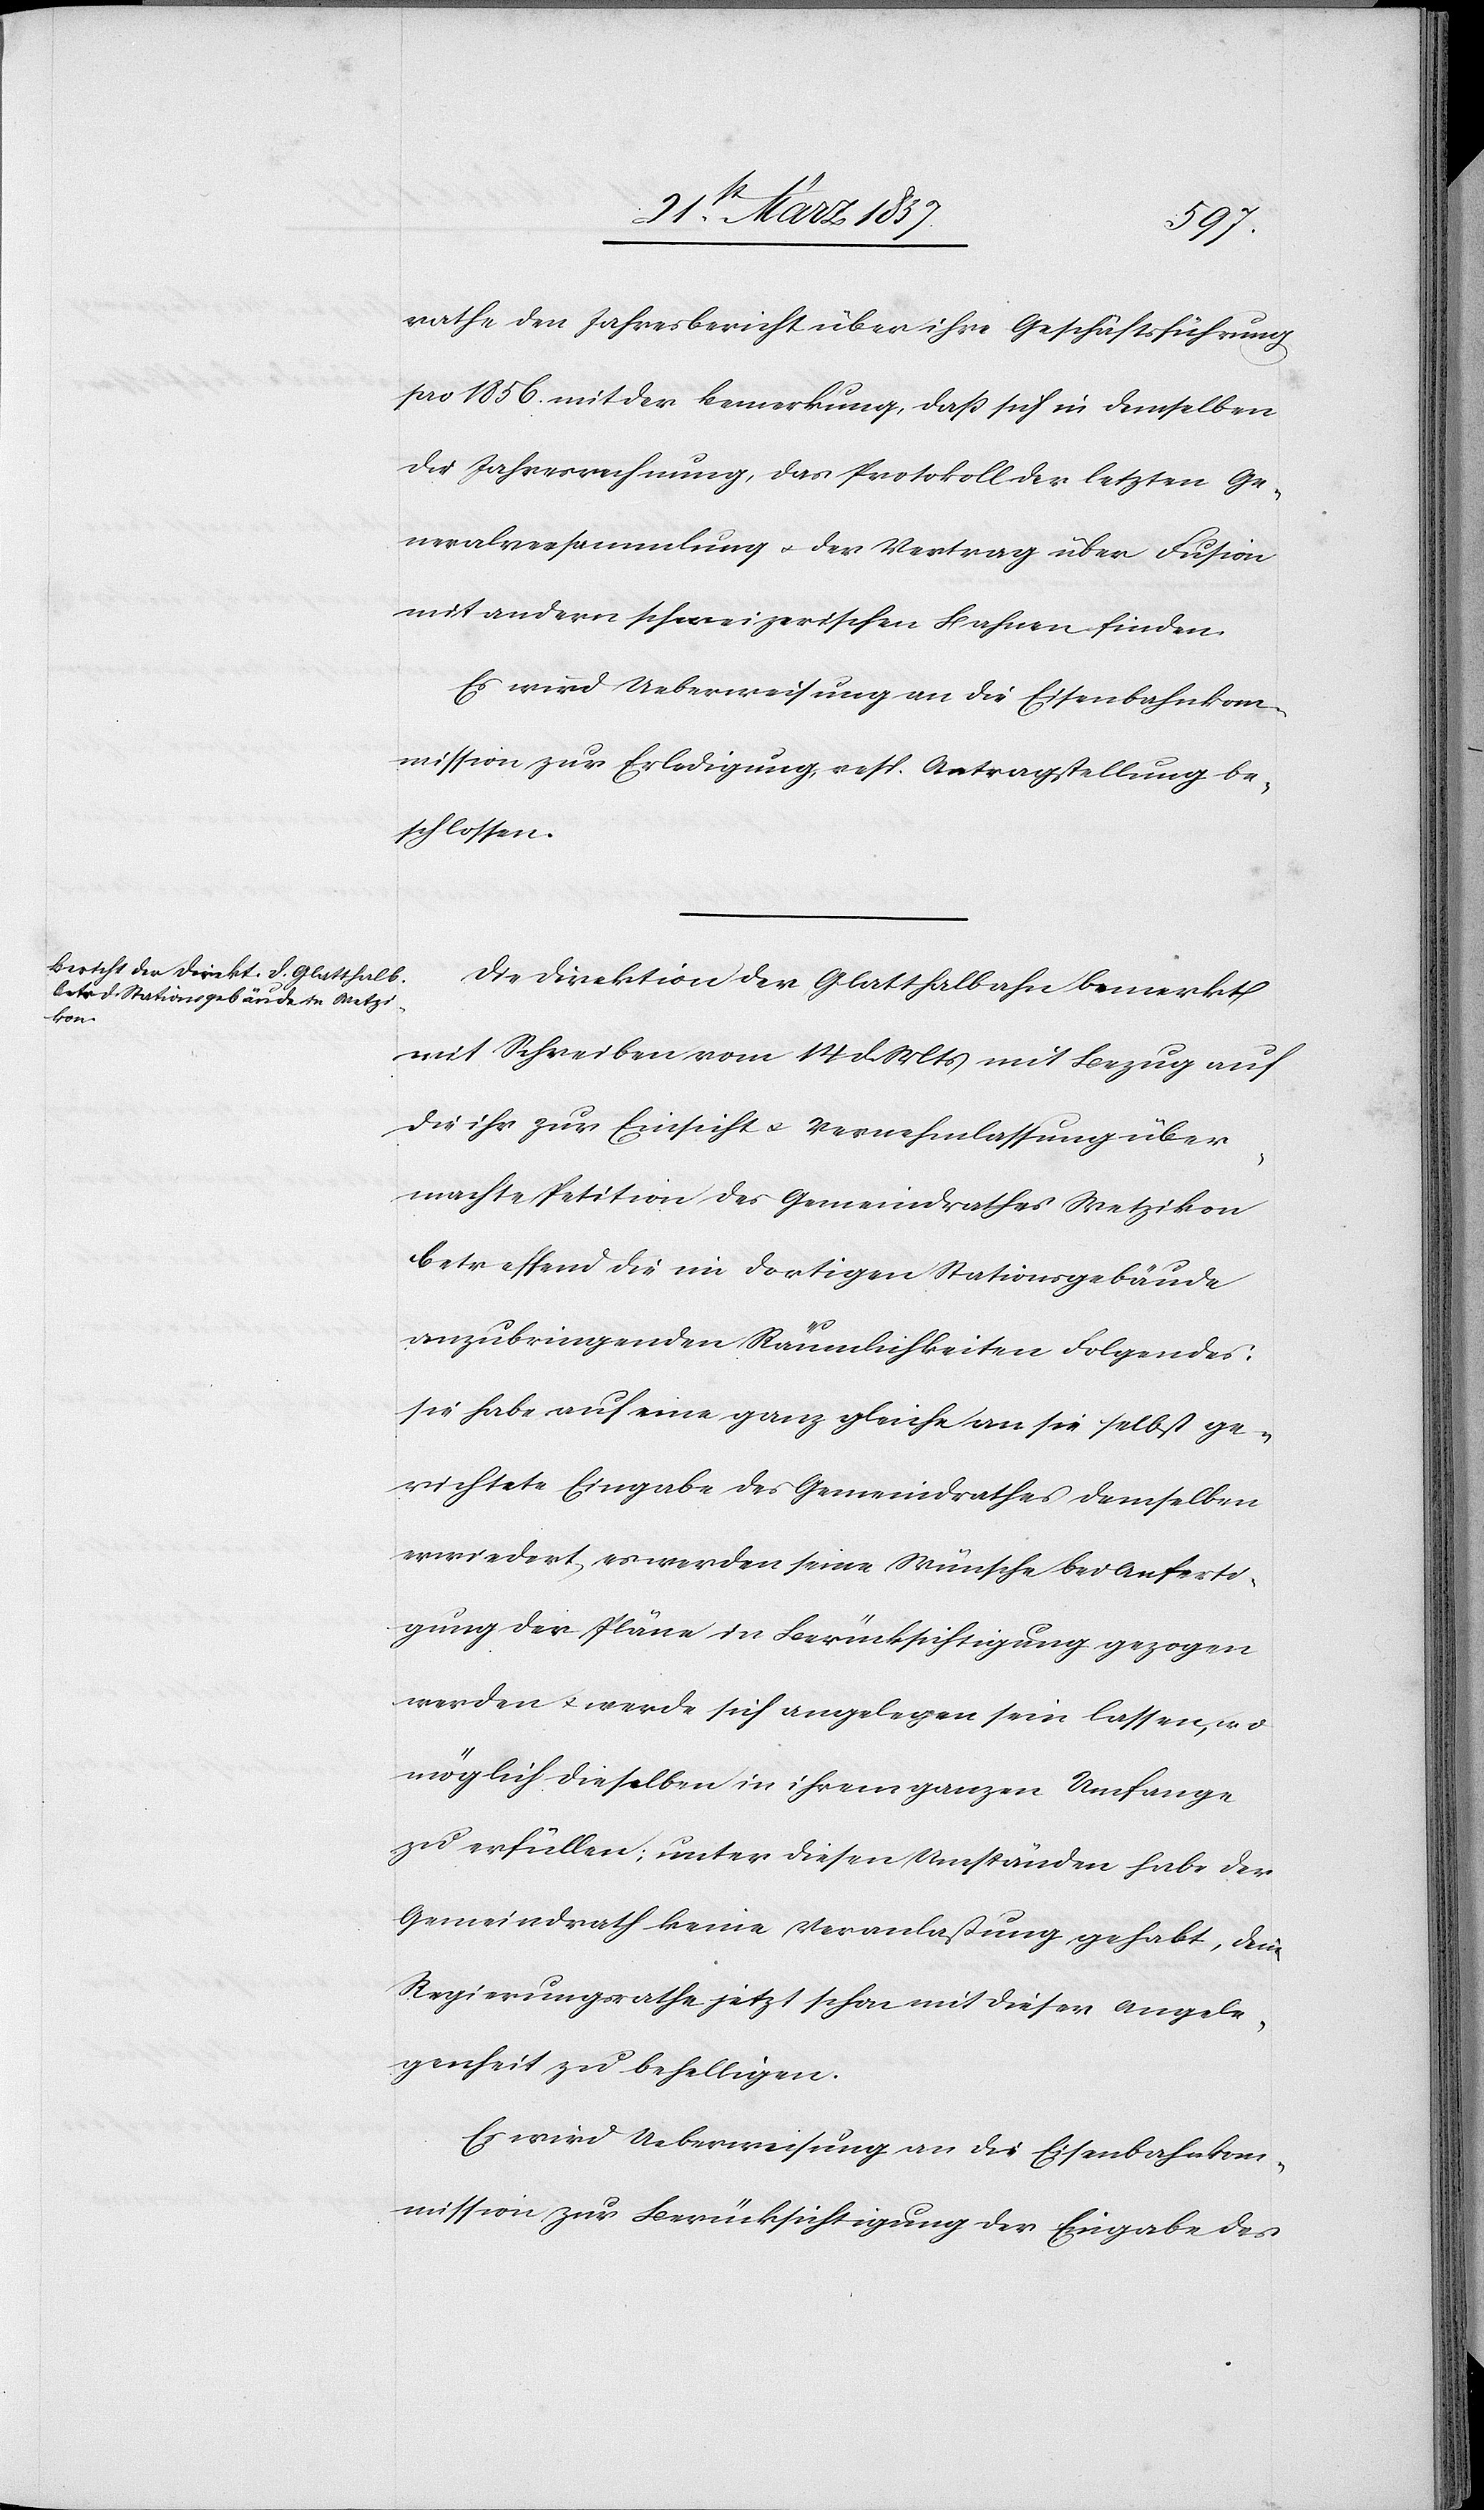
rathe den Jahresbericht über ihre Geschäftsführung
pro 1856 mit der Bemerkung, daß sich in demselben
die Jahresrechnung, das Protokoll der letzten Ge¬
neralversammlung u. der Vertrag über Fusion
mit andern schweizerischen Bahnen finden.
Es wird Ueberweisung an die Eisenbahnkom¬
mission zur Erledigung resp. Antragstellung be¬
schlossen.
Die Direktion der Glatthalbahn bemerkt
mit Schreiben vom 14 d. Mts mit Bezug auf
die ihr zur Einsicht u. Vernehmlassung über¬
machte Petition des Gemeindrathes Wetzikon
betreffend die im dortigen Stationsgebäude
anzubringenden Räumlichkeiten Folgendes:
sie habe auf eine ganz gleiche an sie selbst ge¬
richtete Eingabe des Gemeindrathes demselben
erwiedert, es werden seine Wünsche bei Anferti¬
gung der Pläne in Berücksichtigung gezogen
werden u. werde sich angelegen sein lassen, wo
möglich dieselben in ihrem ganzen Umfange
zu erfüllen; unter diesen Umständen habe der
Gemeindrath keine Veranlassung gehabt, den
Regierungsrathe jetzt schon mit dieser Angele¬
genheit zu behelligen.
mission zur Berücksichtigung der Eingabe des